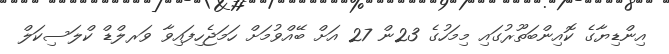
އިންޑިޔާގެ ކޮއިންބަތޫރުގައި މިމަހުގެ 23ން 27 އަށް ބޭއްވުމަށް ހަމަޖެހިފައިވާ ވަރލްޑް ކްލަސިކަލް